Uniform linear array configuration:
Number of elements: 32
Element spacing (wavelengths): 0.5
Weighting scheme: exponential
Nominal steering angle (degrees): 15
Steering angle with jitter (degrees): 13.233
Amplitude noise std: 0.05
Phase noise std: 0.05

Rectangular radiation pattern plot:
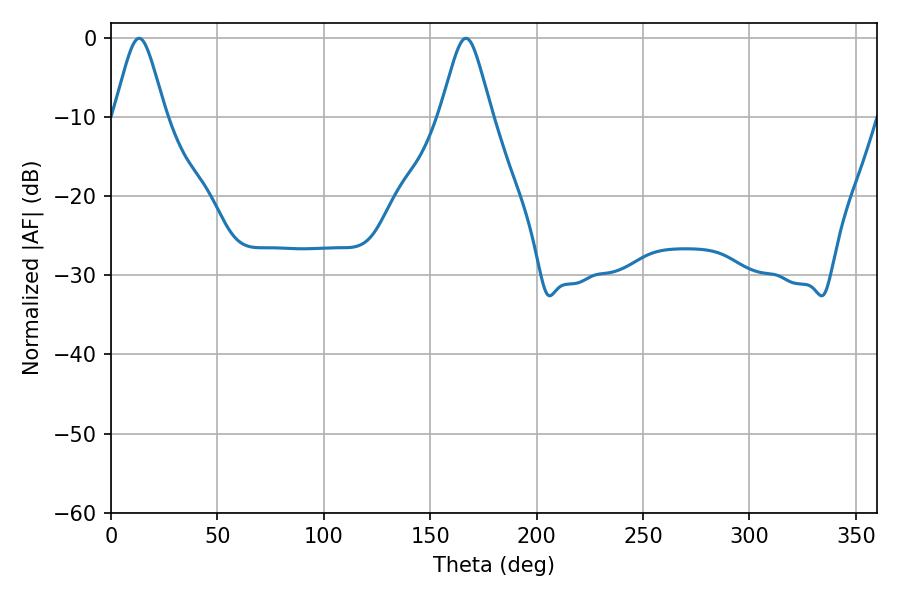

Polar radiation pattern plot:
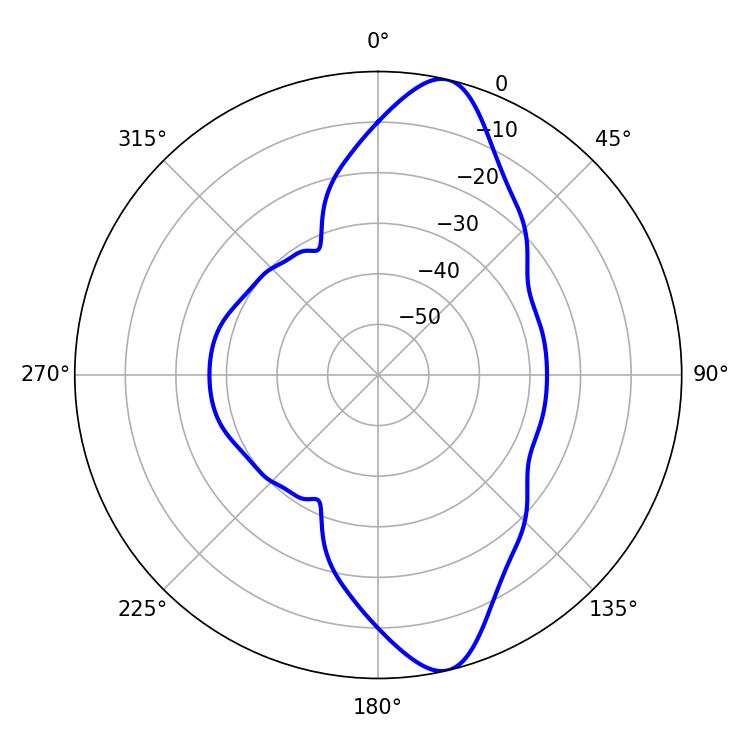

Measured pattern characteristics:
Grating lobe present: FALSE
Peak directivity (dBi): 12.231
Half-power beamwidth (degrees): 11.7
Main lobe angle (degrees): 13.14